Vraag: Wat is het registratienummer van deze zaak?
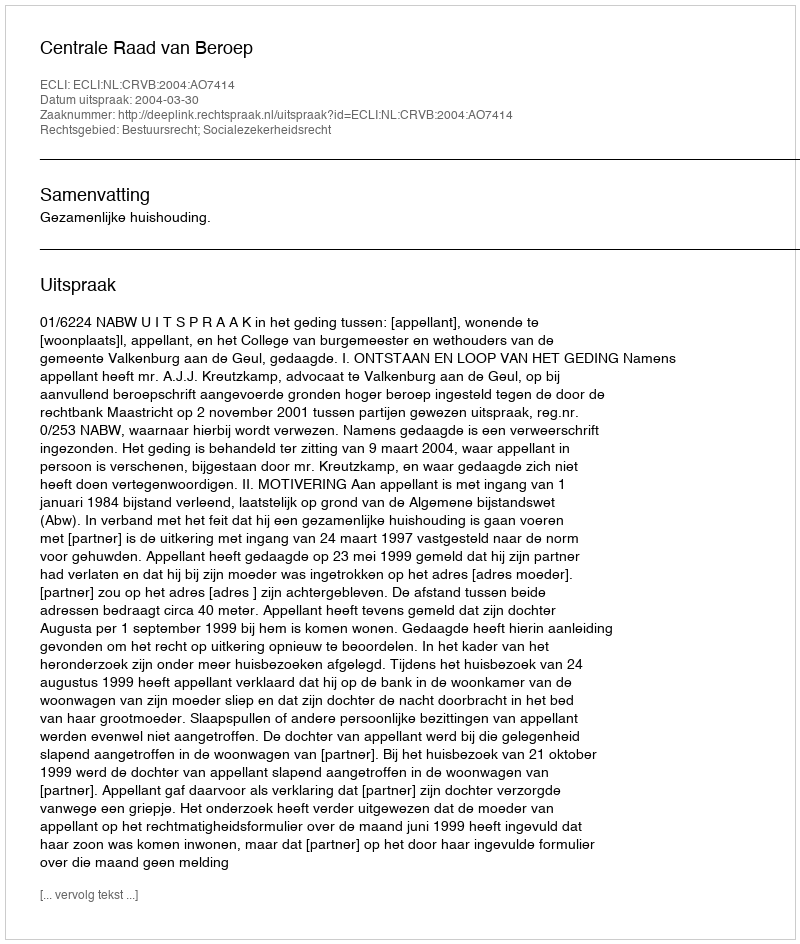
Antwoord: http://deeplink.rechtspraak.nl/uitspraak?id=ECLI:NL:CRVB:2004:AO7414